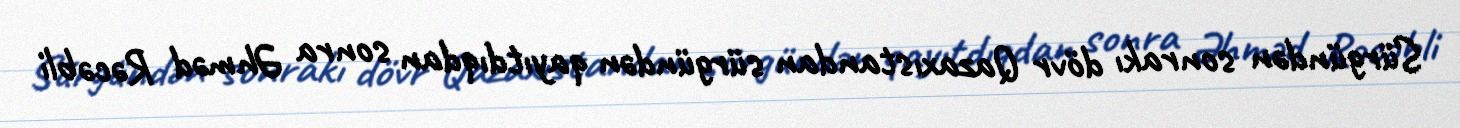
Sürgündən sonrakı dövr Qazaxıstandan sürgündən qayıtdıqdan sonra Əhməd Rəcəbli